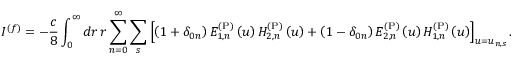
I ^ { ( f ) } = - \frac { c } { 8 } \int _ { 0 } ^ { \infty } d r \, r \sum _ { n = 0 } ^ { \infty } \sum _ { s } \left[ \left( 1 + \delta _ { 0 n } \right) E _ { 1 , n } ^ { \mathrm { ( P ) } } \left( u \right) H _ { 2 , n } ^ { \mathrm { ( P ) } } \left( u \right) + \left( 1 - \delta _ { 0 n } \right) E _ { 2 , n } ^ { \mathrm { ( P ) } } \left( u \right) H _ { 1 , n } ^ { \mathrm { ( P ) } } \left( u \right) \right] _ { u = u _ { n , s } } .